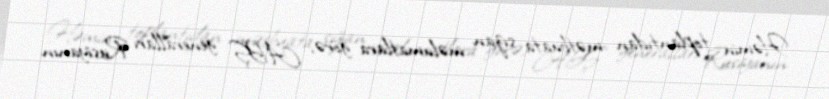
Həmin toplantıdan mətbuata sızan məlumatlara görə, ABŞ generalları Rusiyanın